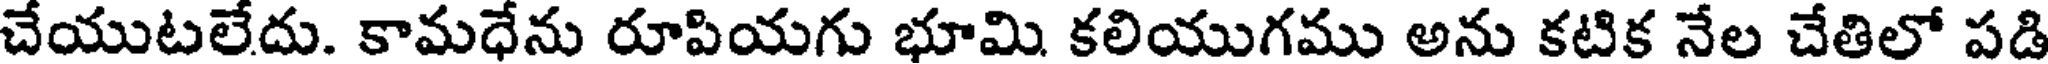
చేయుటలేదు. కామధేను రూపియగు భూమి కలియుగము అను కటిక నేల చేతిలో పడి